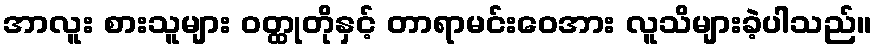
အာလူး စားသူများ ဝတ္ထုတိုနှင့် တာရာမင်းဝေအား လူသိများခဲ့ပါသည်။